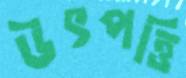
উৎপত্তি